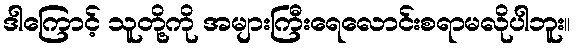
ဒါကြောင့် သူတို့ကို အများကြီးရေလောင်းစရာမလိုပါဘူး။